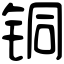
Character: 铜